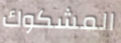
المشكوك